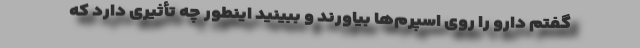
گفتم دارو را روی اسپرم‌ها بیاورند و ببینید اینطور چه تأثیری دارد که